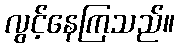
လွင့်နေကြသည်။